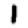
Digit: 1